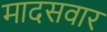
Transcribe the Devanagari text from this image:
मादसवार